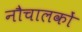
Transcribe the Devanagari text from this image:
नौचालकों